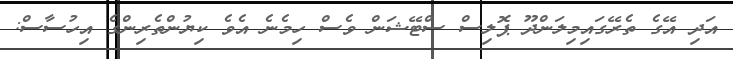
އަދި އޭގެ ތެރޭގައިމިލަންދޫ ޕޮލިސް ސްޓޭޝަން ވެސް ހިމެނެ އެވެ ކިޔުންތެރިންގެ އިހުސާސް: